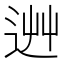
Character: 𨒽